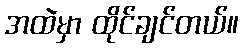
အထဲမှာ ထိုင်ချင်တယ်။